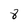
Character: 8